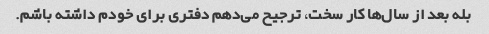
بله بعد از سال‌ها کار سخت، ترجیح می‌دهم دفتری برای خودم داشته باشم.